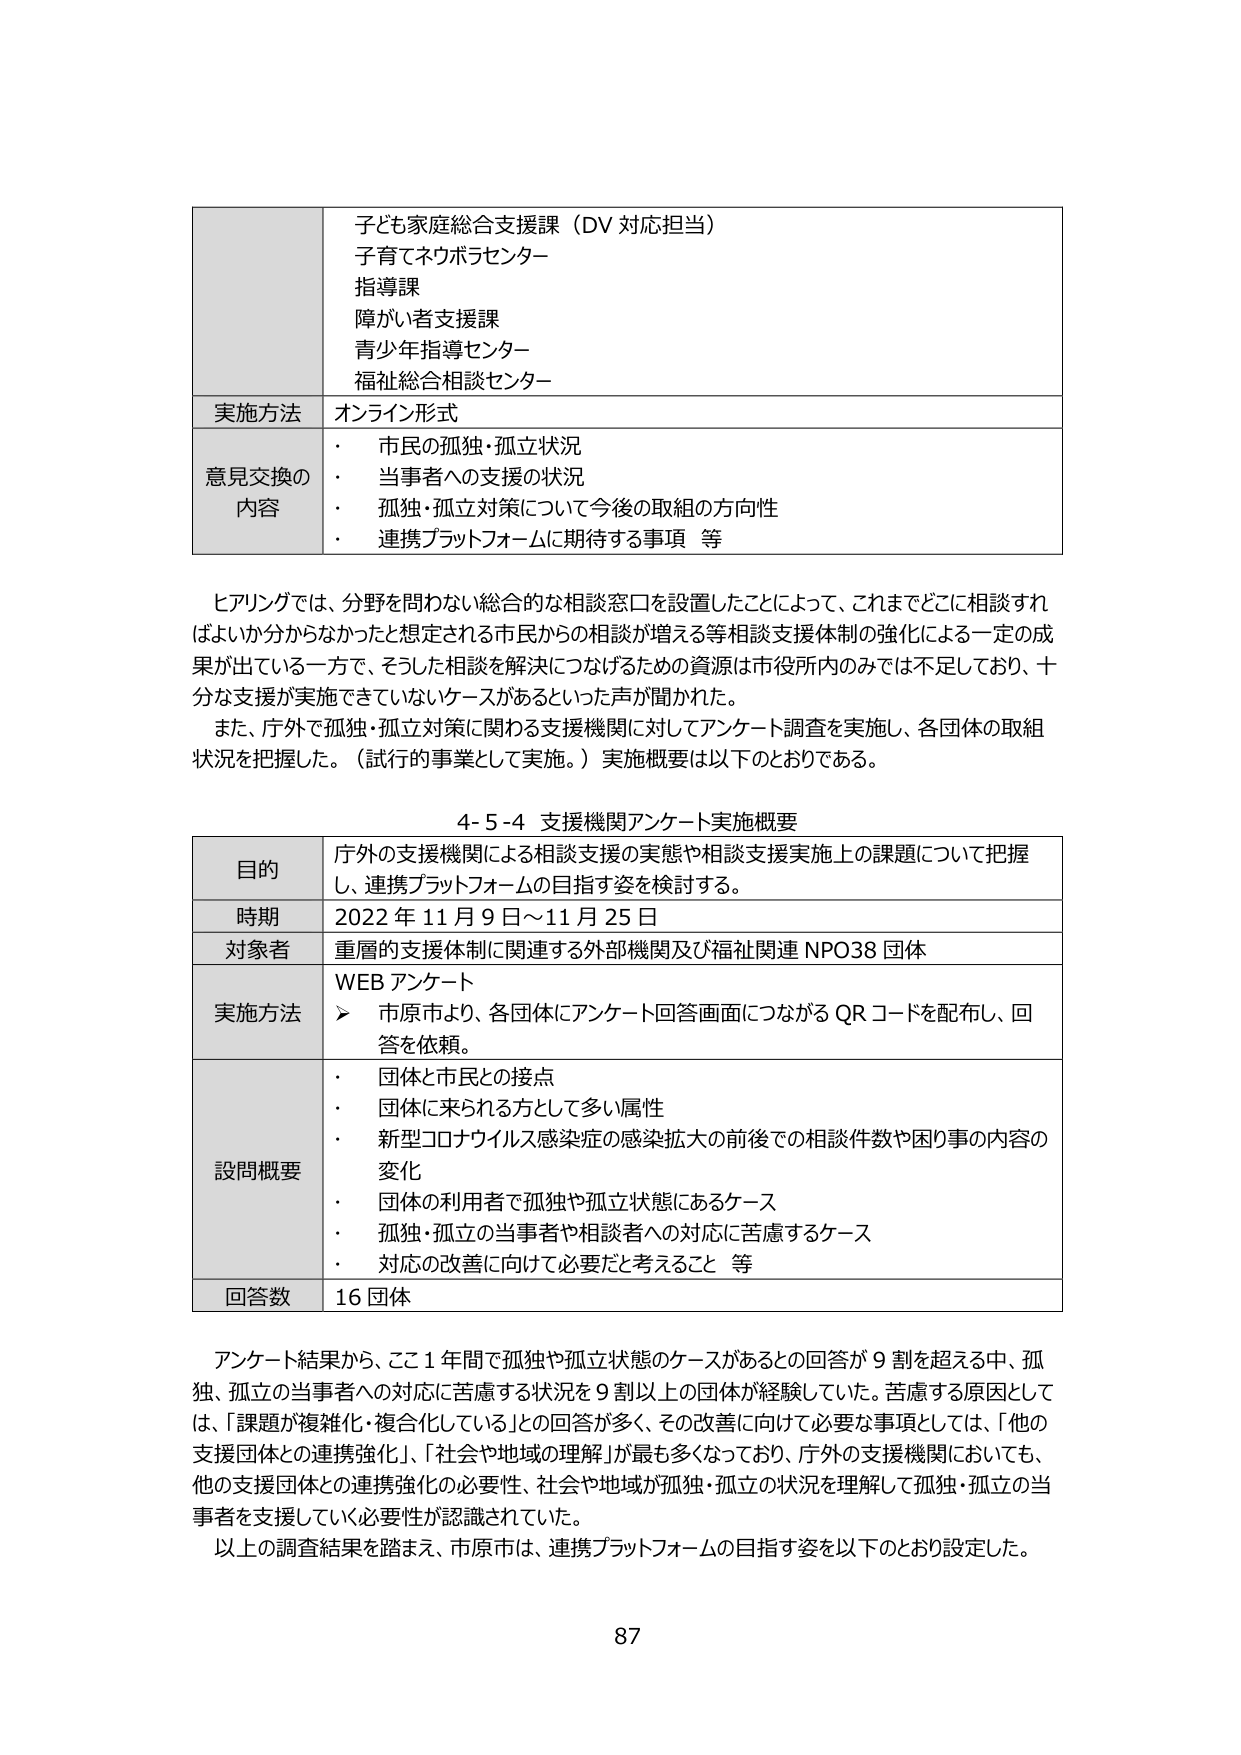
子ども家庭総合支援課（DV 対応担当）
子育てネウボラセンター
指導課
障がい者支援課
青少年指導センター
福祉総合相談センター

実施方法 オンライン形式

意見交換の
内容
・ 市民の孤独・孤立状況
・ 当事者への支援の状況
・ 孤独・孤立対策について今後の取組の方向性
・ 連携プラットフォームに期待する事項 等

ヒアリングでは、分野を問わない総合的な相談窓口を設置したことによって、これまでどこに相談すればよいか分からなかったと想定される市民からの相談が増える等相談支援体制の強化による一定の成果が出ている一方で、そうした相談を解決につなげるための資源は市役所内のみでは不足しており、十分な支援が実施できていないケースがあるといった声が聞かれた。
また、庁外で孤独・孤立対策に関わる支援機関に対してアンケート調査を実施し、各団体の取組状況を把握した。（試行的事業として実施。）実施概要は以下のとおりである。

4-5-4 支援機関アンケート実施概要

目的 庁外の支援機関による相談支援の実態や相談支援実施上の課題について把握し、連携プラットフォームの目指す姿を検討する。

時期 2022 年 11 月 9 日～11 月 25 日

対象者 重層的支援体制に関連する外部機関及び福祉関連 NPO38 団体

実施方法 WEB アンケート
➤ 市原市より、各団体にアンケート回答画面につながる QR コードを配布し、回答を依頼。

設問概要
・ 団体と市民との接点
・ 団体に来られる方として多い属性
・ 新型コロナウイルス感染症の感染拡大の前後での相談件数や困り事の内容の変化
・ 団体の利用者で孤独や孤立状態にあるケース
・ 孤独・孤立の当事者や相談者への対応に苦慮するケース
・ 対応の改善に向けて必要だと考えること 等

回答数 16 団体

アンケート結果から、ここ1年間で孤独や孤立状態のケースがあるとの回答が9割を超える中、孤独、孤立の当事者への対応に苦慮する状況を9割以上の団体が経験していた。苦慮する原因としては、「課題が複雑化・複合化している」との回答が多く、その改善に向けて必要な事項としては、「他の支援団体との連携強化」、「社会や地域の理解」が最も多くなっており、庁外の支援機関においても、他の支援団体との連携強化の必要性、社会や地域が孤独・孤立の状況を理解して孤独・孤立の当事者を支援していく必要性が認識されていた。
以上の調査結果を踏まえ、市原市は、連携プラットフォームの目指す姿を以下のとおり設定した。

87